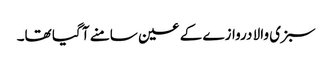
سبزی والا دروازے کے عین سامنے آ گیا تھا۔